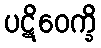
ပဋိဝေက္ခိ